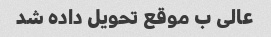
عالی ب موقع تحویل داده شد